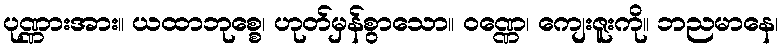
ပုဏ္ဏားအား။ ယထာဘုစ္စေ၊ ဟုတ်မှန်စွာသော။ ဝဏ္ဏေ၊ ကျေးဇူးကို။ ဘညမာနေ၊